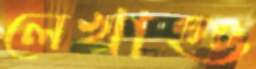
লেখাগু